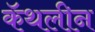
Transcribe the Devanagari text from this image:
कॅथलीन